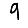
Digit: 9